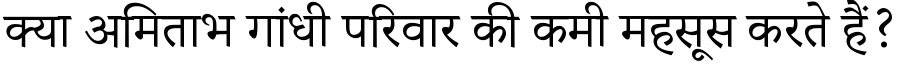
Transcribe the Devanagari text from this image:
क्या अमिताभ गांधी परिवार की कमी महसूस करते हैं?